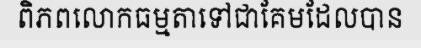
ពិភពលោកធម្មតាទៅជាគែមដែលបាន